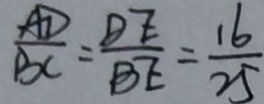
\frac { A D } { B C } = \frac { D E } { B E } = \frac { 1 6 } { 2 5 }